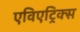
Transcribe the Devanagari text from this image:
एविएट्रिक्स